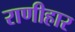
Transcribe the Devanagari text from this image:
राणीहार